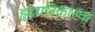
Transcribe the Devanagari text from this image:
हृदयविकारचा